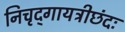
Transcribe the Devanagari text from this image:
निचृद्‌गायत्रीछंदः